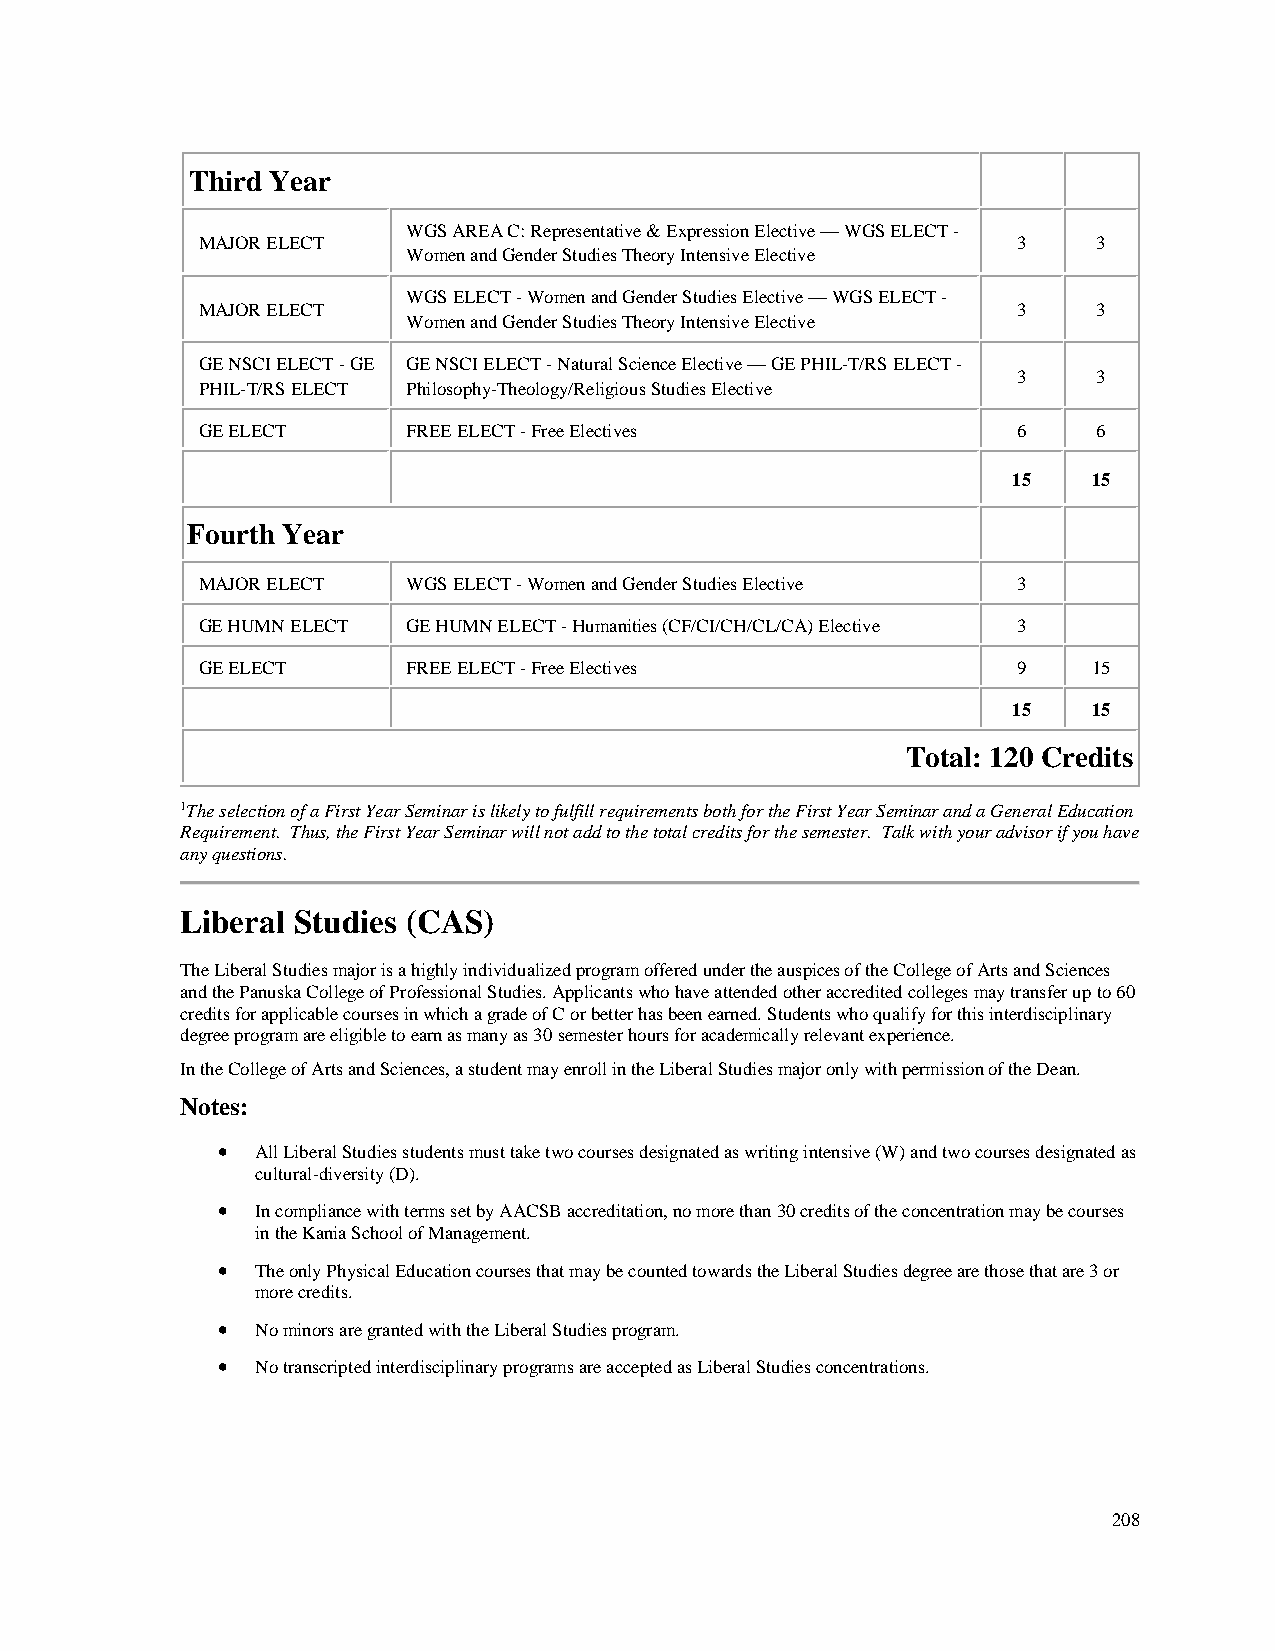
Third Year
 WGS AREA C: Representative & Expression Elective — WGS ELECT -
 MAJOR ELECT                                           3     3
 Women and Gender Studies Theory Intensive Elective
 WGS ELECT - Women and Gender Studies Elective — WGS ELECT -
 MAJOR ELECT                                           3     3
 Women and Gender Studies Theory Intensive Elective
 GE NSCI ELECT - GE GE NSCI ELECT - Natural Science Elective — GE PHIL-T/RS ELECT -
 3     3
 PHIL-T/RS ELECT Philosophy-Theology/Religious Studies Elective
 GE ELECT      FREE ELECT - Free Electives             6     6
 15   15
 Fourth Year
 MAJOR ELECT   WGS ELECT - Women and Gender Studies Elective 3
 GE HUMN ELECT GE HUMN ELECT - Humanities (CF/CI/CH/CL/CA) Elective 3
 GE ELECT      FREE ELECT - Free Electives             9    15
 15   15
 Total: 120 Credits
 1The selection of a First Year Seminar is likely to fulfill requirements both for the First Year Seminar and a General Education
 Requirement. Thus, the First Year Seminar will not add to the total credits for the semester. Talk with your advisor if you have
 any questions.
 Liberal Studies (CAS)
 The Liberal Studies major is a highly individualized program offered under the auspices of the College of Arts and Sciences
 and the Panuska College of Professional Studies. Applicants who have attended other accredited colleges may transfer up to 60
 credits for applicable courses in which a grade of C or better has been earned. Students who qualify for this interdisciplinary
 degree program are eligible to earn as many as 30 semester hours for academically relevant experience.
 In the College of Arts and Sciences, a student may enroll in the Liberal Studies major only with permission of the Dean.
 Notes:
 •  All Liberal Studies students must take two courses designated as writing intensive (W) and two courses designated as
 cultural-diversity (D).
 •  In compliance with terms set by AACSB accreditation, no more than 30 credits of the concentration may be courses
 in the Kania School of Management.
 •  The only Physical Education courses that may be counted towards the Liberal Studies degree are those that are 3 or
 more credits.
 •  No minors are granted with the Liberal Studies program.
 •  No transcripted interdisciplinary programs are accepted as Liberal Studies concentrations.
 208